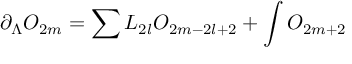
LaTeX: \partial _ { \Lambda } O _ { 2 m } = \sum L _ { 2 l } O _ { 2 m - 2 l + 2 } + \int O _ { 2 m + 2 }